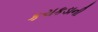
કચકડાની